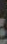
: